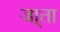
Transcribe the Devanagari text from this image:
जा्ता